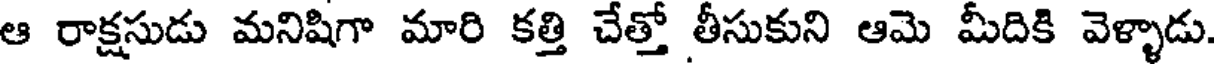
ఆ రాక్షసుడు మనిషిగా మారి కత్తి చేత్తో తీసుకుని ఆమె మీదికి వెళ్ళాడు.